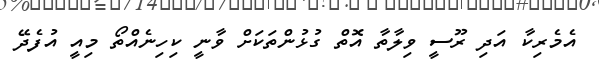
އެމެރިކާ އަދި ރޫސީ ވިލާތާ އޮތް ގުޅުންތަކަށް ވާނީ ކިހިނެއްތޯ މިއީ އުފެދޭ